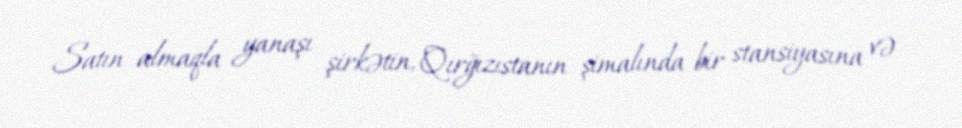
Satın almaqla yanaşı şirkətin, Qırğızıstanın şimalında bir stansiyasına və